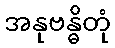
အနုဗန္ဓိတုံ